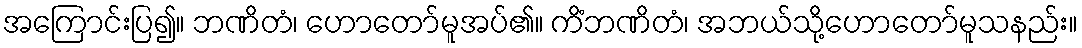
အကြောင်းပြ၍။ ဘဏိတံ၊ ဟောတော်မူအပ်၏။ ကိံဘဏိတံ၊ အဘယ်သို့ဟောတော်မူသနည်း။